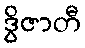
ဒွိဇာတီ